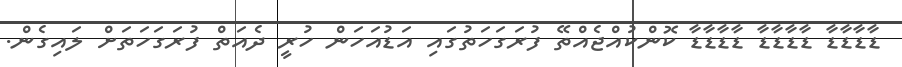
ޑާޑާޑާޑާ ޑާޑާޑާޑާ ޑާޑާޑާޑާ ކޮންކުއްޖެއްތޭ ފުރަގަހަތުގައި އަޑުއަހަން ހުރީ ދެއަތް ފުރަގަހަތަށް ލައިގެން.